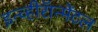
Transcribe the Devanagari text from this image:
इन्व्हीरॅान्मेंटल